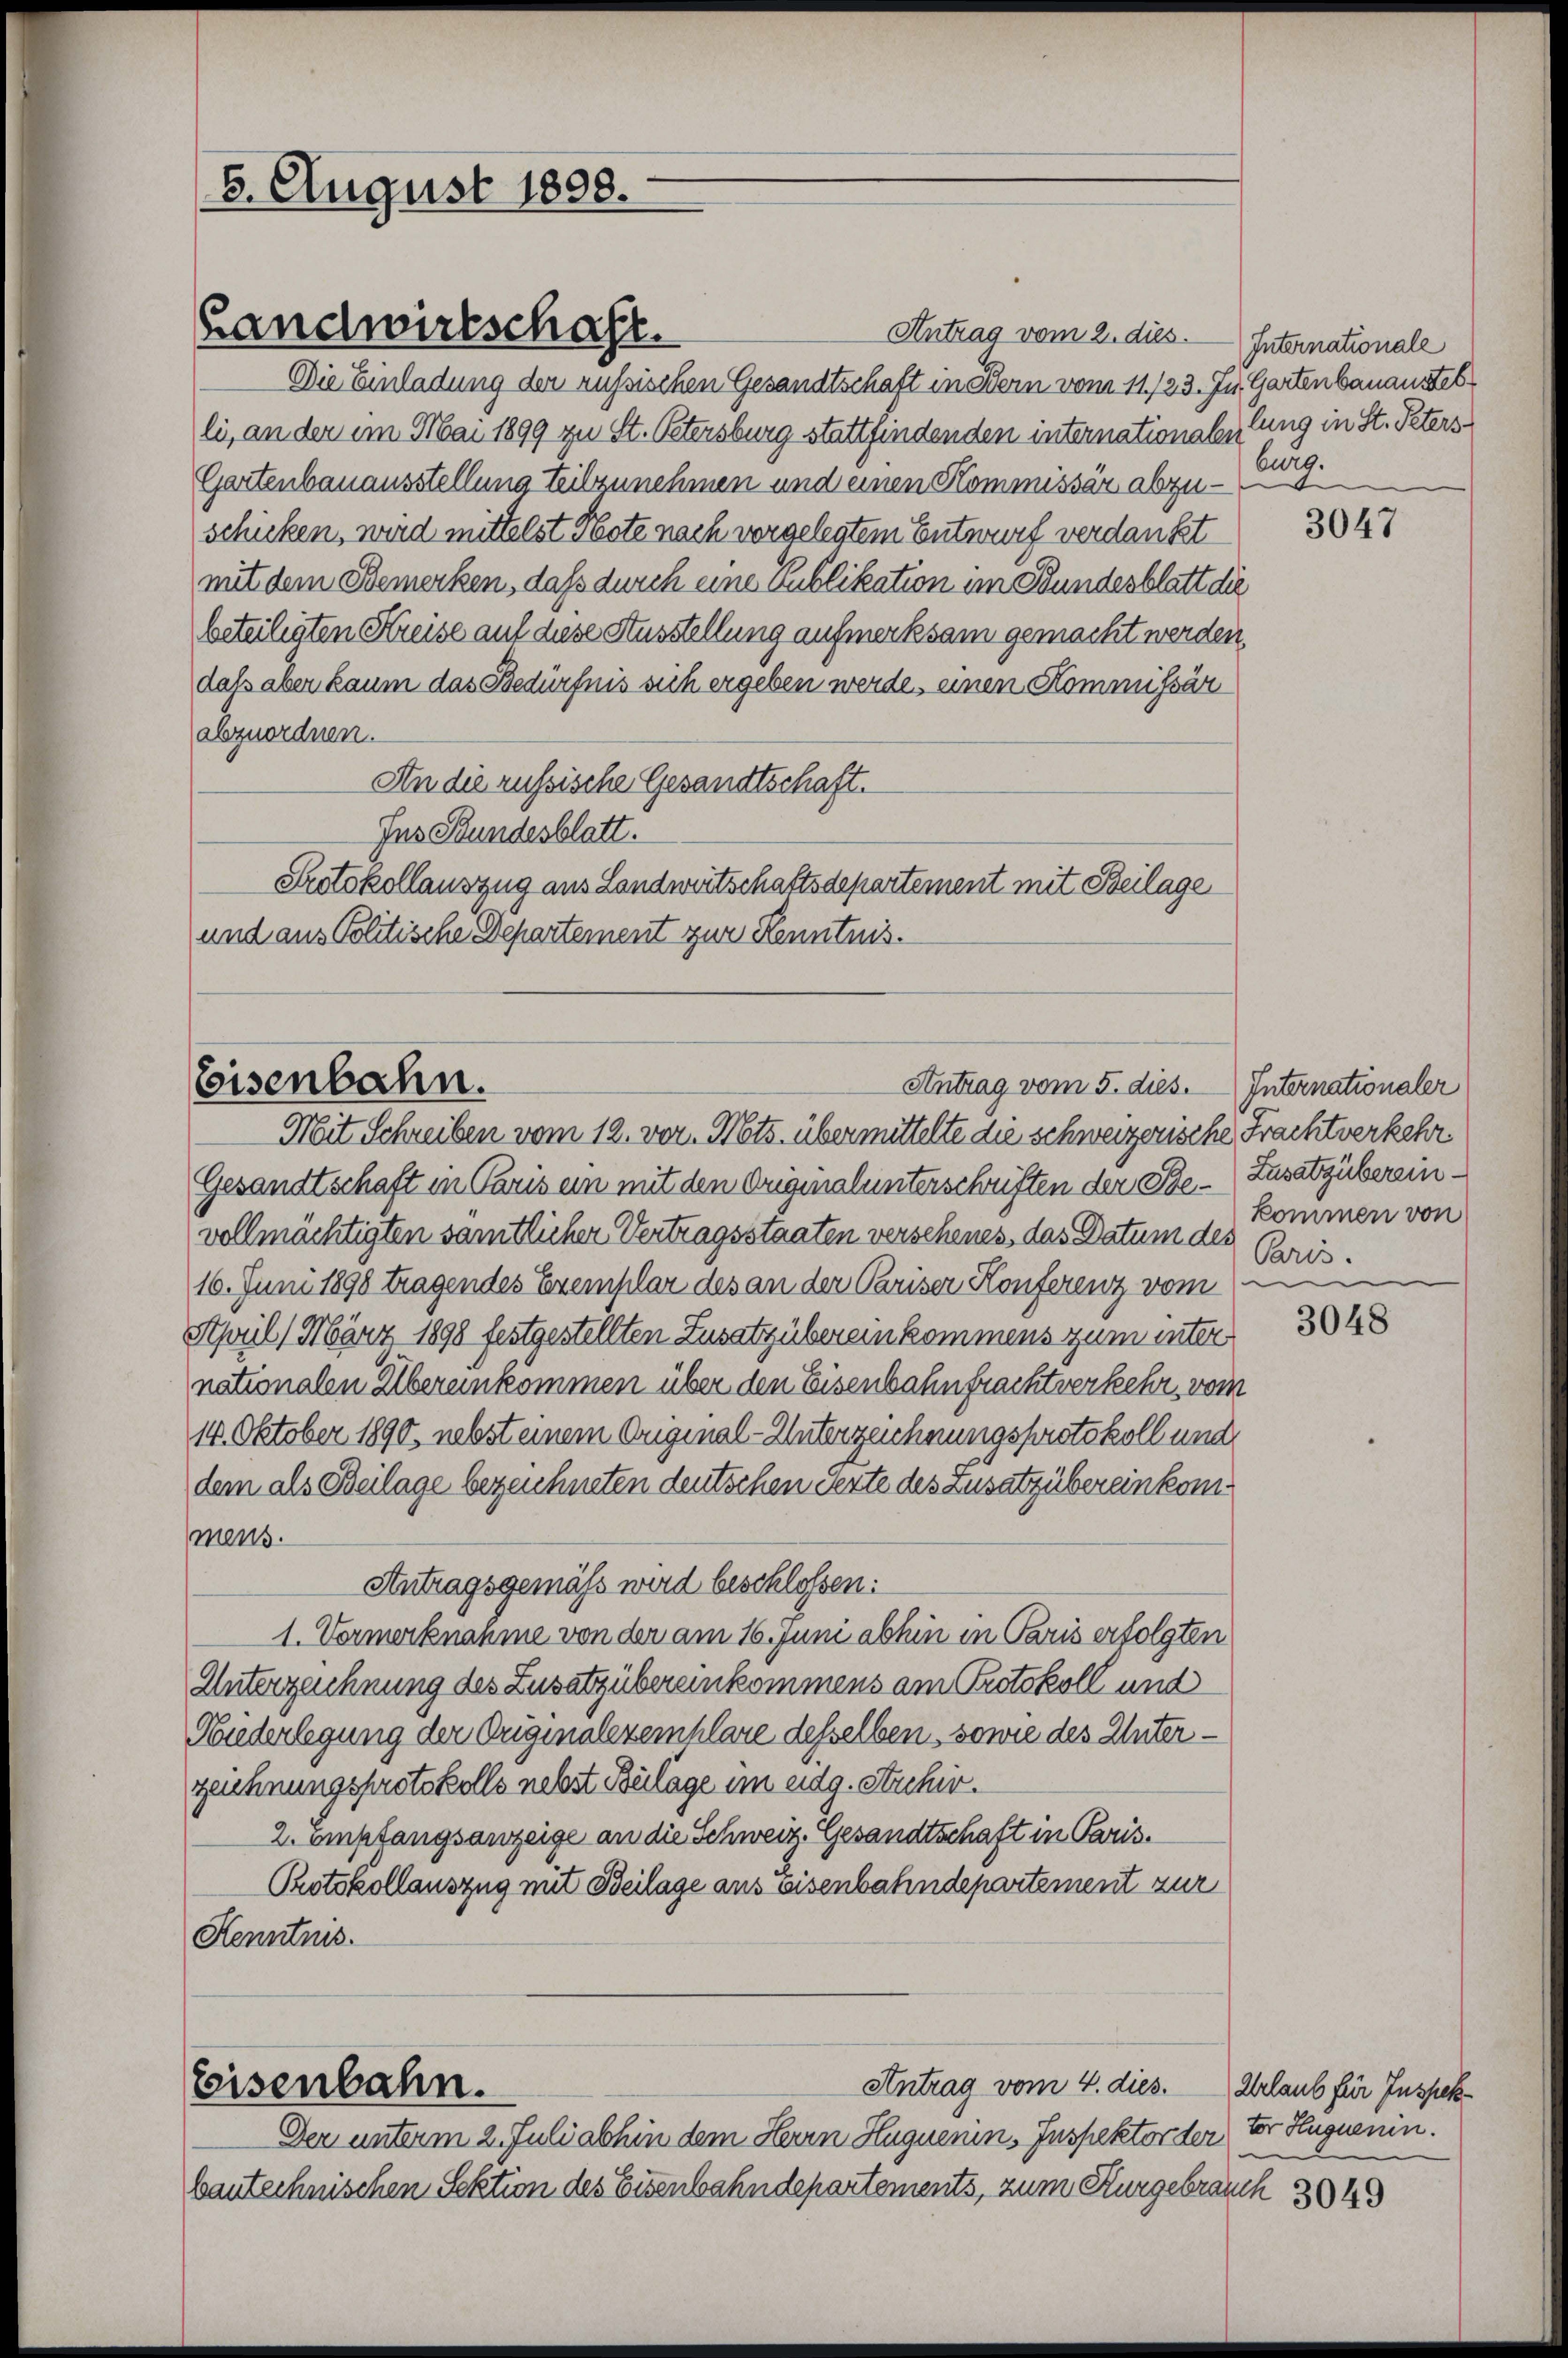
6. August 1898.

Landwirtschaft.

Antrag vom 2. dies. Internationale
Die Einladung der russischen Gesandtschaft in Bern vom 11./23. Ju. Gartenbauaustelli, an der im Mai 1899 zu St. Petersburg stattfindenden internationaleilung in St. Peters
Gartenbauausstellung teilzunehmen und einen Kommissär abzuschicken, wird mittelst Pote nach vorgelegtem Entwurf verdankt
mit dem Bemerken, dass durch eine publikation im Bundesblatt die
beteiligten Kreise auf diese Ausstellung aufmerksam gemacht werden,
daß aber kaum das Bedürfnis sich ergeben werde, einen Kommissär
abzuordnen.
An die russische Gesandtschaft.
Ins Bundesblatt.
Protokollauszug aus Landwirtschaftsdepartement mit Beilage
und aus Politische Departement zur Kenntnis.

Eisenbahn.
Antrag vom 5. dies.

Eeisenbahn.

Antrag vom 4. dies.

Mit Schreiben vom 12. vor. Mts. übermittelte die schweizerische Frachtverkehr¬
Gesandtschaft in Paris ein mit den Originalunterschriften der Ste-Zusatzübereinvollmächtigten sämtlicher Vertragsstaaten verschenes, das Datum des
16. Juni 1898 tragendes Exemplar des an der Pariser Konferenz vom
April) März 1898 festgestellten Zusatz übereinkommens zum unter
nationalen Übereinkommen über den Eisenbahnfrachtverkehr, vom
14. Oktober 1890. nebst einem Original-Unterzeichnungsprotokoll und
dem als Beilage bezeichneten deutschen Texte des Zusatzübereinkommens.
Antragsgemäss wird beschlossen:
1. Vormerknahme von der am 16. Juni abhin in Paris erfolgten
Unterzeichnung des Zusatzübereinkommens am Protokoll und
Hiederlegung der Originalezeihlare desselben, sowie des Unterzeichnungsprotokolls nebst Beilage im eidg. Stichir.
2. empfangsanzeige an die Schweiz. Gesandtschaft in Paris.
Protokollauszug mit Beilage aus eisenbahndepartement zur
Henntnis.

Der unterm 2. Juli abhin dem Herrn Huguenins Inspektor der tor Huguenin.
bautechnischen Sektion des Eisenbahndepartements, zum Kurgebrauch 3049

burg.

3047

Internationaler
kommen von
Paris.

e
3048

Urlaub für Inspek